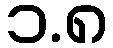
၁.၈